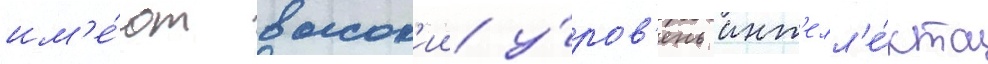
им'е́ют высок'ии у́ров'ень инт'елл'е́кта